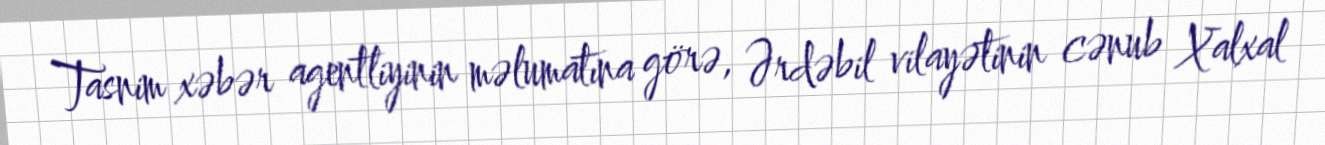
Tasnim xəbər agentliyinin məlumatına görə, Ərdəbil vilayətinin cənub Xalxal